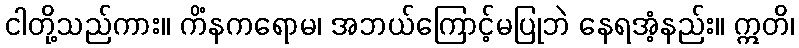
ငါတို့သည်ကား။ ကိံနကရောမ၊ အဘယ်ကြောင့်မပြုဘဲ နေရအံ့နည်း။ ဣတိ၊